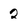
Character: 2